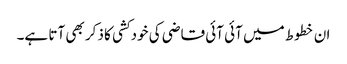
ان خطوط میں آئی آئی قاضی کی خودکشی کا ذکر بھی آتا ہے۔